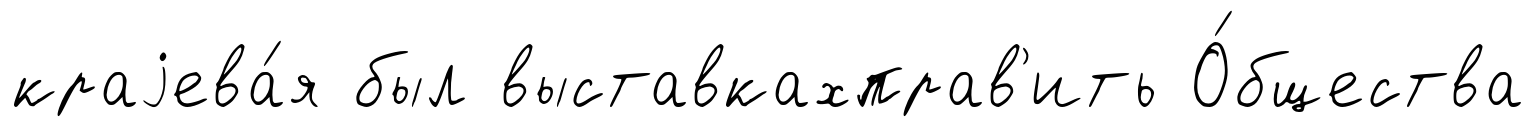
краjева́я был выставкахправ'ить О́бщества